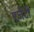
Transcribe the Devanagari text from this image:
एजेंटी